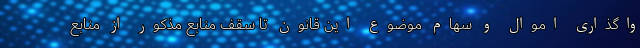
واگذاری اموال و سهام موضوع این قانون تا سقف منابع مذکور از منابع